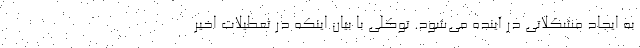
به ایجاد مشکلاتی در آینده می‌شود. توکلی با بیان اینکه در تعطیلات اخیر